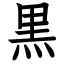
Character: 黒